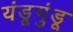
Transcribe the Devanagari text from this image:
यंडूगुंडू